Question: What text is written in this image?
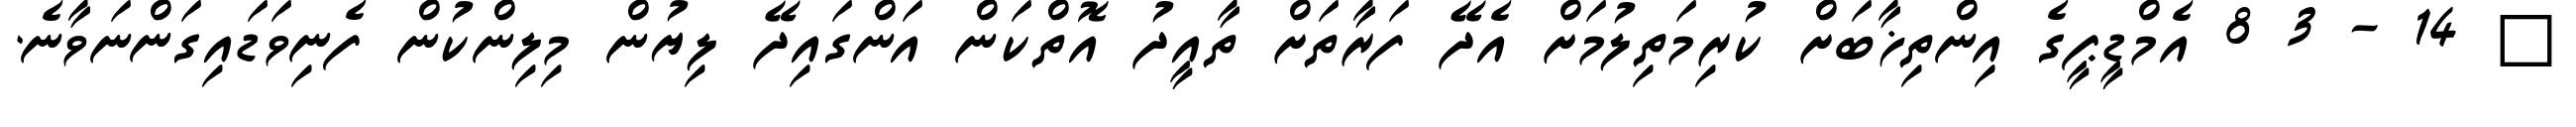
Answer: ? 14 - 3 8 އެމްޑީޕީގެ އިންތިޚާބަށް ކުރިމަތިލުމަށް އެދޭ ފަރާތަށް ތާއީދު އޮތްކަން އަންގައިދޭ ލިޔުން މިލިންކުން ފެނިވަޑައިގަންނަވާނެ.